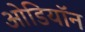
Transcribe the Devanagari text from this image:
ओडियॉन